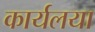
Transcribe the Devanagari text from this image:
कार्यलया